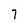
Character: 7